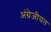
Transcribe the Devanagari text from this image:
अंग्रेजीयत